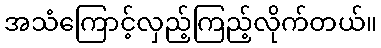
အသံကြောင့်လှည့်ကြည့်လိုက်တယ်။